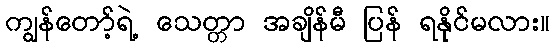
ကျွန်တော့်ရဲ့ သေတ္တာ အချိန်မီ ပြန် ရနိုင်မလား။